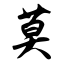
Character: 莫